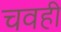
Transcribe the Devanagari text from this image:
चवही